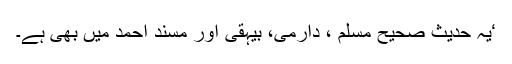
‘یہ حدیث صحیح مسلم ، دارمی، بیہقی اور مسند احمد میں بھی ہے۔